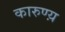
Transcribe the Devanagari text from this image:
कारुण्य़